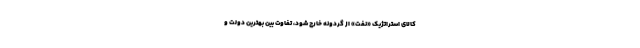
کالای استراتژیک «نفت» از گردونه خارج شود، تفاوت بین بهترین دولت و